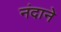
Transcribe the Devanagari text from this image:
नंदाने